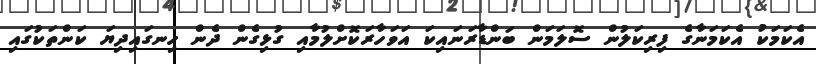
އެކަމަކު އެކަމަނާގެ ފިރިކަލުން ސޮލަމަން ބަންޑާރަނައިކަ އަވަހާރަކޮށްލުމާއި ގުޅިގެން ދެން ހިނގައިދިޔަ ކަންތަކުގައި